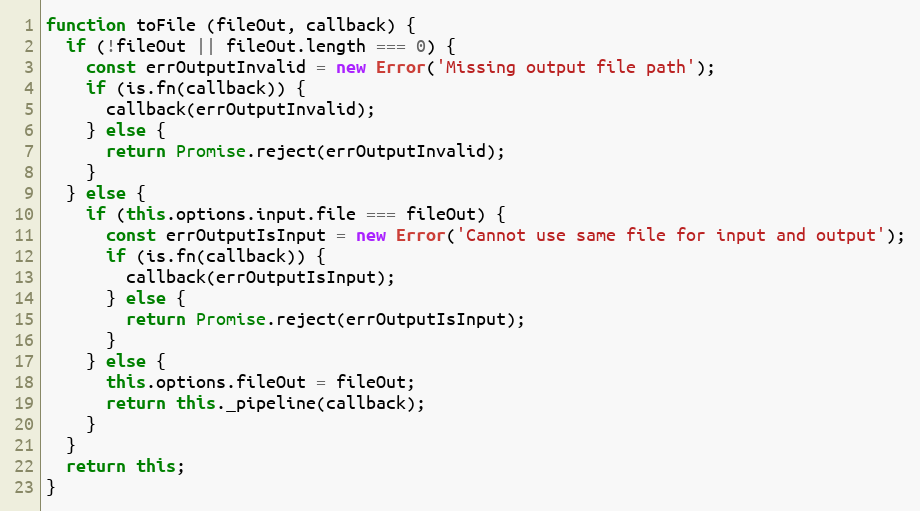
Language: JavaScript
function toFile (fileOut, callback) {
  if (!fileOut || fileOut.length === 0) {
    const errOutputInvalid = new Error('Missing output file path');
    if (is.fn(callback)) {
      callback(errOutputInvalid);
    } else {
      return Promise.reject(errOutputInvalid);
    }
  } else {
    if (this.options.input.file === fileOut) {
      const errOutputIsInput = new Error('Cannot use same file for input and output');
      if (is.fn(callback)) {
        callback(errOutputIsInput);
      } else {
        return Promise.reject(errOutputIsInput);
      }
    } else {
      this.options.fileOut = fileOut;
      return this._pipeline(callback);
    }
  }
  return this;
}